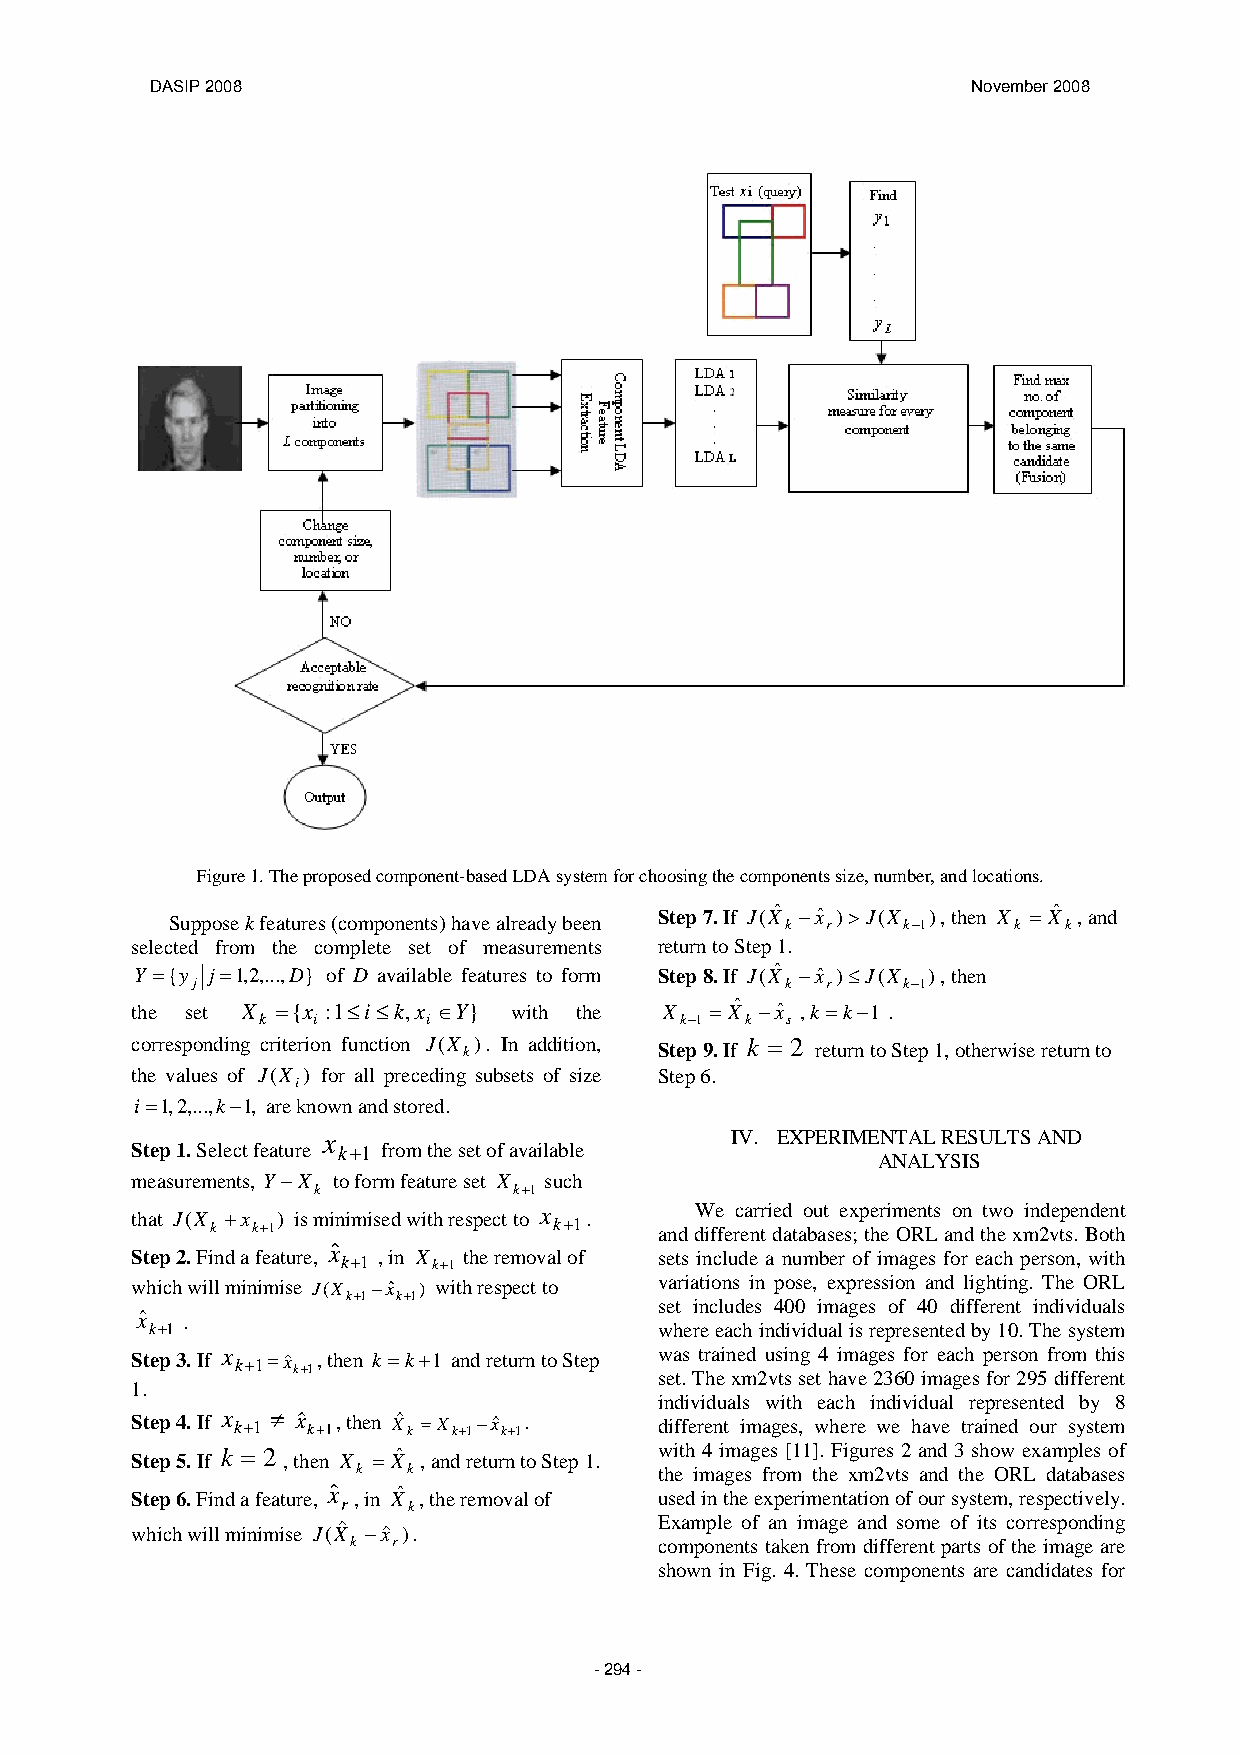
DASIP 2008                                            November 2008
 Figure 1. The proposed component-based LDA system for choosing the components size, number, and locations.
 Step 7. If J(Xˆ −xˆ )>J(X ), then X = Xˆ , and
 Suppose k features (components) have already been k r k−1 k k
 selected from the complete set of measurements return to Step 1.
 Y ={y j=1,2,...,D} of D available features to form Step 8. If J(Xˆ −xˆ )≤J(X ), then
 j                                      k  r    k−1
 the set X ={x :1≤i≤k,x ∈Y} with the X = Xˆ −xˆ ,k =k−1 .
 k   i      i                k−1 k  s
 corresponding criterion function J(X k). In addition, Step 9. If k = 2 return to Step 1, otherwise return to
 the values of J(X ) for all preceding subsets of size Step 6.
 i
 i=1,2,...,k−1, are known and stored.
 x                          IV. EXPERIMENTAL RESULTS AND
 Step 1. Select feature k+1 from the set of available
 ANALYSIS
 measurements, Y−X to form feature set X such
 k            k+1
 that J(X +x ) is minimised with respect to x . We carried out experiments on two independent
 k  k+1                 k+1    and different databases; the ORL and the xm2vts. Both
 Step 2. Find a feature,
 xˆ
 k+1 , in X k+1 the removal of sets include a number of images for each person, with
 which will minimise J(X −xˆ ) with respect to variations in pose, expression and lighting. The ORL
 k+1 k+1
 set includes 400 images of 40 different individuals
 xˆ .
 k+1                               where each individual is represented by 10. The system
 Step 3. If x k+1=xˆ k+1, then k =k+1 and return to Step w sea t.s Ttr ha ei n xe md 2u vs ti sn sg
 e
 t4
 h
 i am vea g 2e 3s
 6
 f 0o ir
 m
 e aa gc eh
 s
 p foer rs 2o 9n
 5
 f dro ifm
 fe
 rt eh nis
 t
 1.
 individuals with each individual represented by 8
 Step 4. If x k+1 ≠ xˆ k+1, then Xˆ k =X k+1−xˆ k+1. different images, where we have trained our system
 Step 5. If k = 2 , then X = Xˆ , and return to Step 1. with 4 images [11]. Figures 2 and 3 show examples of
 k  k                the images from the xm2vts and the ORL databases
 Step 6. Find a feature, xˆ , in Xˆ , the removal of used in the experimentation of our system, respectively.
 r   k
 Example of an image and some of its corresponding
 which will minimise J(Xˆ −xˆ ).
 k  r                 components taken from different parts of the image are
 shown in Fig. 4. These components are candidates for
 - 29 4 -